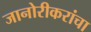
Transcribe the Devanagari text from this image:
जानोरीकरांचा